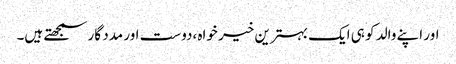
اور اپنے والد کو ہی ایک بہترین خیر خواہ ،دوست اور مدد گار سمجھتے ہیں۔